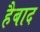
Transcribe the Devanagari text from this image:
हैबाद